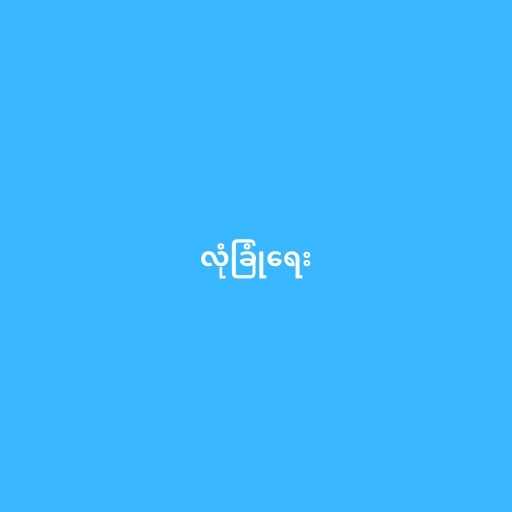
လုံခြုံရေး